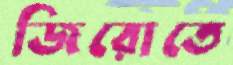
জিরোতে